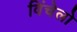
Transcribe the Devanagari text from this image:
विंचेलो